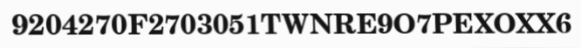
9204270F2703051TWNRE9O7PEXOXX6